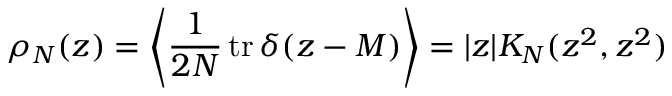
\rho _ { N } ( z ) = \left\langle \frac { 1 } { 2 N } \, \mathrm { t r } \, \delta ( z - M ) \right\rangle = | z | K _ { N } ( z ^ { 2 } , z ^ { 2 } )